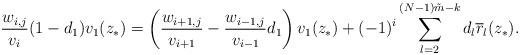
LaTeX: \begin{align*}\frac{w_{i,j}}{v_i}(1-d_1)v_1(z_{\ast})=\left(\frac{w_{i+1,j}}{v_{i+1}}-\frac{w_{i-1,j}}{v_{i-1}}d_1\right)v_1(z_{\ast})+(-1)^i\sum_{l=2}^{(N-1)\tilde{m}-k}d_l\overline{r}_l(z_{\ast}).\end{align*}